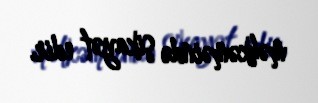
məhkəməində şikayət edir.